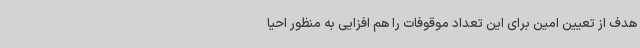
هدف از تعیین امین برای این تعداد موقوفات را هم افزایی به منظور احیا